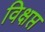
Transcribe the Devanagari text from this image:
विक्षप्त